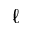
\ell